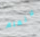
لانعلم